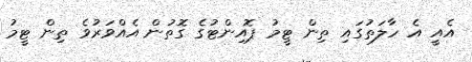
އެއީ އެ ހާލަތުގައި ތިން ޓީމު ޕޮއިންޓުގެ ގޮތުން އެއްވަރުވެ ތިން ޓީމު